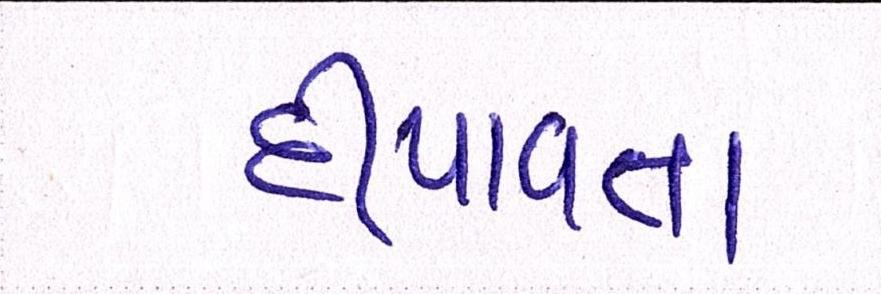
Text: દીપાવતા